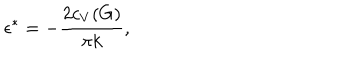
\epsilon ^ { * } = - { \frac { 2 c _ { V } ( G ) } { \pi k } } ,